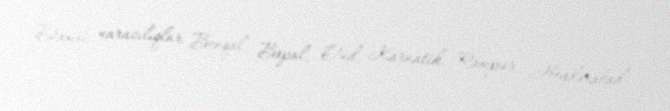
Daxili narazılıqlar Benqal, Bopal, Oud, Karnatik, Rampur, Heydərabad